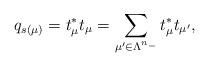
LaTeX: \begin{align*}q_{s(\mu)}=t_\mu^* t_\mu=\sum_{\mu'\in \Lambda^{n_-}}t_\mu^* t_{\mu'},\end{align*}